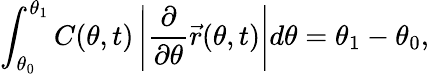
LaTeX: \int_{\theta_{0}}^{\theta_{1}}{C(\theta,t)\left|\frac{\partial}{\partial\theta}\vec{r}(\theta,t)\right|d\theta}=\theta_{1}-\theta_{0},